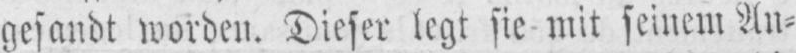
gesandt worden. Dieser legt sie mit seinem An⸗